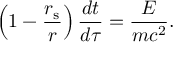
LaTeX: \left( 1 - { \frac { r _ { \mathrm { { s } } } } { r } } \right) { \frac { d t } { d \tau } } = { \frac { E } { m c ^ { 2 } } } .